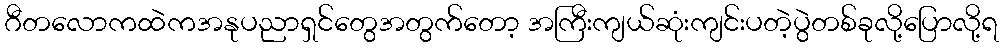
ဂီတလောကထဲကအနုပညာရှင်တွေအတွက်တော့ အကြီးကျယ်ဆုံးကျင်းပတဲ့ပွဲတစ်ခုလို့ပြောလို့ရ